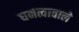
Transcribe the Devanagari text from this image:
घनत्वावाले